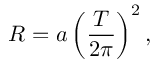
R = a \left( { \frac { T } { 2 \pi } } \right) ^ { 2 } ,